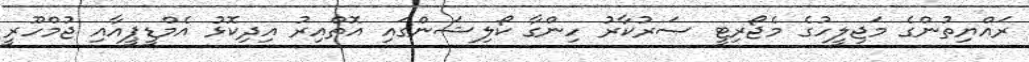
ރައްޔިތުންގެ މަޖިލީހުގެ މެޖޯރިޓީ ސަރުކާރު ހިންގާ ކޯލިޝަންގައި އޮތްއިރު އިދިކޮޅު އެމްޑީޕީއާއި ޖުމްހޫރީ